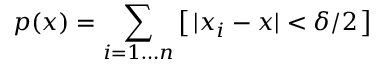
p ( x ) = \sum _ { i = 1 \ldots n } \big [ \, | x _ { i } - x | < \delta / 2 \, \big ]